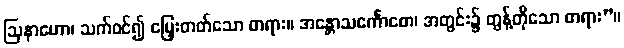
ဩနာဟော၊ သက်ဝင်၍ မြှေးတတ်သော တရား။ အန္တောသင်္ကောစော၊ အတွင်း၌ တွန့်တိုသော တရား”။